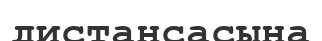
дистансасына